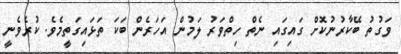
ވަގުތު ބޭކާރުނުކޮށް ގައިގައި ނެތް ހިތްވަރު ލަމުން އަހަރެން ބަކަ ތަޅައިގަތީމެވެ. ކުރެވެނީ